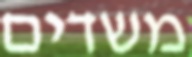
משדים